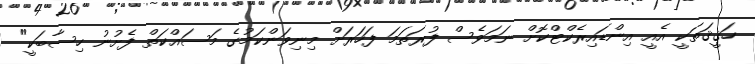
ހަޤީޤަތަކީ އެއީ އިންޑައިރެކްޓްކޮށް ނަމަވެސް ފުރަތަމަ ފަހަރަށް މިނިވަންކަމުގެ މަސައްކަތް ފެށުނު ހިސާބަކީ"